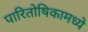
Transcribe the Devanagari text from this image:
पारितोषिकामध्ये